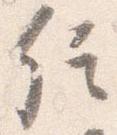
信